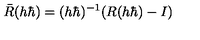
\bar { R } ( h \hbar ) = ( h \hbar ) ^ { - 1 } ( R ( h \hbar ) - I )